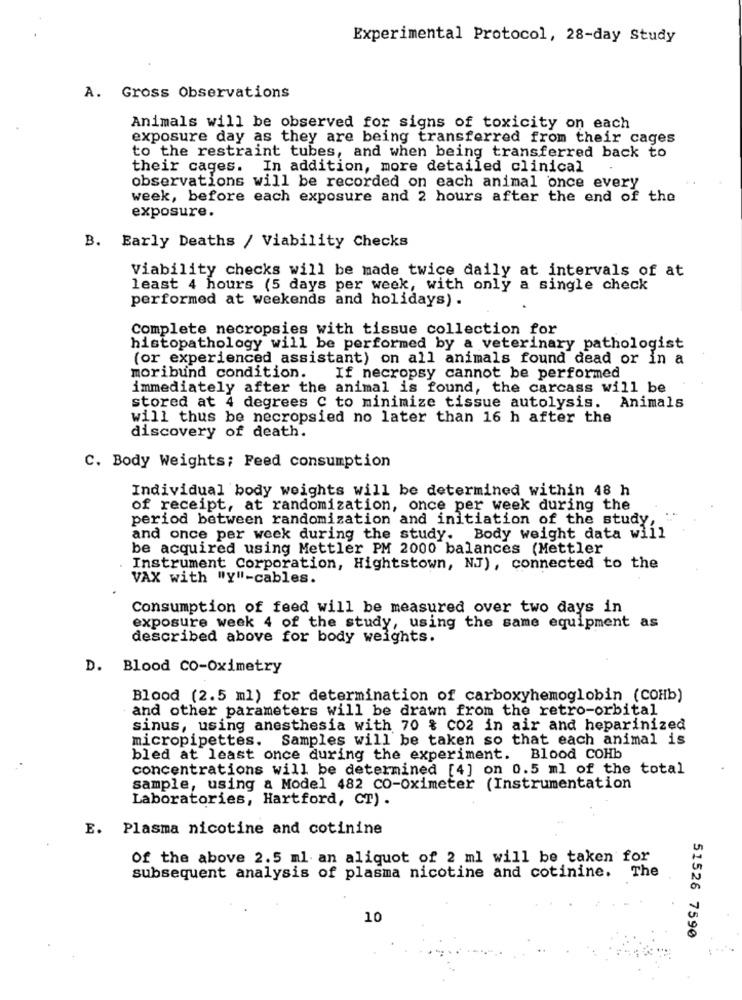
Experimental Protocol, 28-day Study
A. Gross Observations
Animals will be observed for signs of toxicity on each
exposure day as they are being transferred from their cages
to the restraint tubes, and when being transferred back to
their cages. In addition, more detailed clinical
observations will be recorded on each animal once every
week, before each exposure and 2 hours after the end of the
exposure.
B. Early Deaths / Viability Checks
Viability checks will be made twice daily at intervals of at
least 4 hours (5 days per week, with only a single check
performed at weekends and holidays) .
Complete necropsies with tissue collection for
histopathology will be performed by a veterinary pathologist
(or experienced assistant) on all animals found dead or in a
moribund condition.
If necropsy cannot be performed
immediately after the animal is found, the carcass will be
stored at 4 degrees C to minimize tissue autolysis. Animals
will thus be necropsied no later than 16 h after the
discovery of death.
C. Body Weights; Feed consumption
Individual body weights will be determined within 48 h
of receipt, at randomization, once per week during the
period between randomization and initiation of the study,
and once per week during the study. Body weight data will
be acquired using Mettler PM 2000 balances (Mettler
Instrument Corporation, Hightstown, NJ), connected to the
VAX with "Y"-cables.
Consumption of feed will be measured over two days in
exposure week 4 of the study, using the same equipment as
described above for body weights.
D. Blood CO-Oximetry
Blood (2.5 ml) for determination of carboxyhemoglobin (COHb)
and other parameters will be drawn from the retro-orbital
sinus, using anesthesia with 70 % CO2 in air and heparinized
micropipettes. Samples will be taken so that each animal is
bled at least once during the experiment. Blood COHb
concentrations will be determined [4] on 0.5 ml of the total
sample, using a Model 482 CO-Oximeter (Instrumentation
Laboratories, Hartford, CT) .
E. Plasma nicotine and cotinine
Of the above 2.5 ml an aliquot of 2 ml will be taken for
subsequent analysis of plasma nicotine and cotinine.
The
10
51526 7590